Plague in India, 1896, 1897 - Volume 1
Year: 1896
Disease focus: Plague
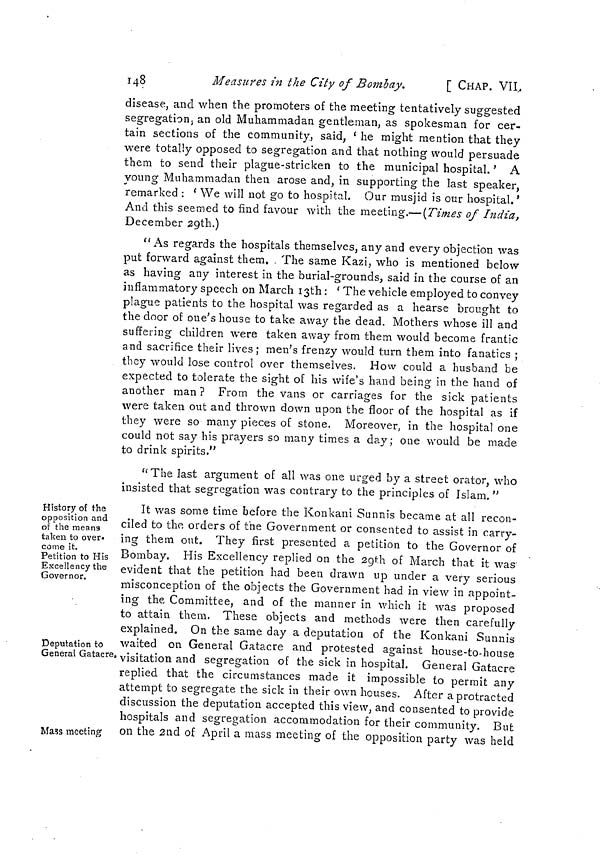
148
Measures in the City of Bombay.
[ CHAP. VII,
disease, and when the promoters of the meeting tentatively suggested
segregation an old Muhammad an gentleman, as spokesman for cer-
tain sections of the community, said, ' he might mention that they
were totally opposed to segregation and that nothing would persuade
them to send their plague-stricken to the municipal hospital. ' A
young Muhammadan then arose and, in supporting the last speaker,
remarked : ' We will not go to hospital. Our musjid is our hospital.'
And this seemed to find favour with the meeting.— (Times of India,
December 29th.)
"As regards the hospitals themselves, any and every objection was
put forward against them. . The same Kazi, who is mentioned below
as having any interest in the burial-grounds, said in the course of an
inflammatory speech on March 13th : ' The vehicle employed to convey
plague patients to the hospital was regarded as a hearse brought to
the door of one's house to take away the dead. Mothers whose ill and
suffering children were taken away from them would become frantic
and sacrifice their lives; men's frenzy would turn them into fanatics ;
they would lose control over themselves. How could a husband be
expected to tolerate the sight of his wife's hand being in the hand of
another man? From the vans or carriages for the sick patients
were taken out and thrown down upon the floor of the hospital as if
they were so many pieces of stone. Moreover, in the hospital one
could not say his prayers so many times a day; one would be made
to drink spirits."
"The last argument of all was one urged by a street orator, who
insisted that segregation was contrary to the principles of Islam. "
History of the
opposition and
of the means
taken to over-
come it.
Petition to His
Excellency the
Governor.
Deputation to
General Gatacre,
Mass meeting
It was some time before the Konkani Sunnis became at all recon-
ciled to the orders of the Government or consented to assist in carry-
ing them out. They first presented a petition to the Governor of
Bombay. His Excellency replied on the 29th of March that it was
evident that the petition had been drawn up under a very serious
misconception of the objects the Government had in view in appoint-
ing the Committee, and of the manner in which it was proposed
to attain them. These objects and methods were then carefully
explained. On the same day a deputation of the Konkani Sunnis
waited on General Gatacre and protested against house-to-house
visitation and segregation of the sick in hospital. General Gatacre
replied that the circumstances made it impossible to permit any
attempt to segregate the sick in their own houses. After a protracted
discussion the deputation accepted this view, and consented to provide
hospitals and segregation accommodation for their community. But
on the 2nd of April a mass meeting of the opposition party was held